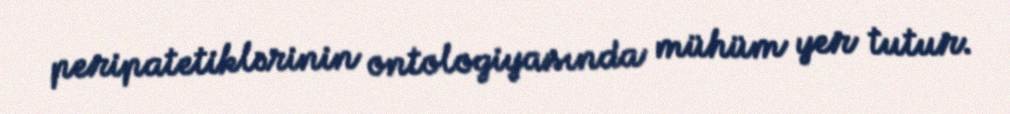
peripatetiklərinin ontologiyasında mühüm yer tutur.